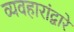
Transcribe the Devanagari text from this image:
व्यवहारांद्वारे